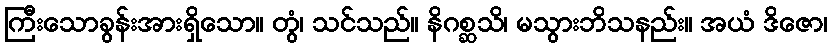
ကြီးသောခွန်းအားရှိသော။ တွံ၊ သင်သည်။ နိဂစ္ဆသိ၊ မသွားဘိသနည်း။ အယံ ဒိဇော၊